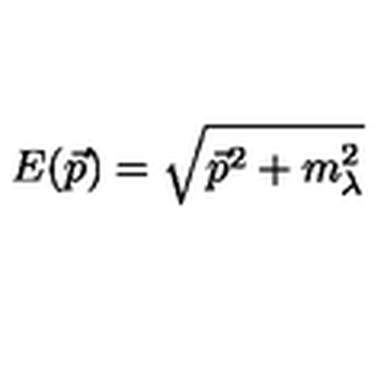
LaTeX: E ( \vec { p } ) = \sqrt { \vec { p } ^ { 2 } + m _ { \lambda } ^ { 2 } }